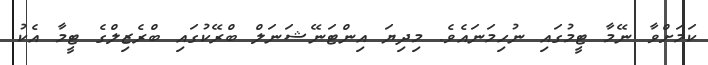
ކަމަށްވާ ނޭމާ ޓީމުގައި ނުހިމަނައެވެ. މިދިޔަ އިންޓަނޭޝަނަލް ބްރޭކުގައި ބްރެޒިލްގެ ޓީމާ އެކު